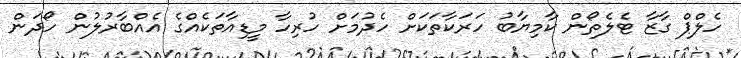
ހެލްޕް ގާޒާ ޓެލެތޯން ކާމިޔާބު ހަރަކާތަކަށް ހެދުމަށް ހުރިހާ މީޑިއާތަކެއްގެ އެއްބާރުލުން ހޯދަން